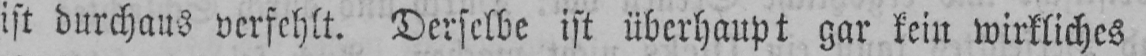
ist durchaus verfehlt. Derselbe ist überhaupt gar kein wirkliches